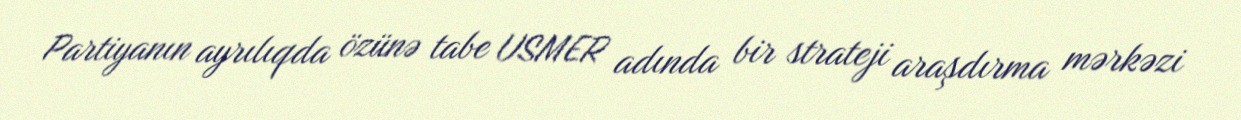
Partiyanın ayrılıqda özünə tabe USMER adında bir strateji araşdırma mərkəzi